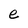
Character: e